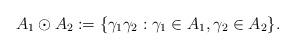
LaTeX: \begin{align*}A_1\odot A_2 :=\{\gamma_1 \gamma_2:\gamma_1\in A_1, \gamma_2\in A_2\}.\end{align*}